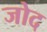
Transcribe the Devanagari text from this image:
जोद